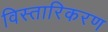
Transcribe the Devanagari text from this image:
विस्तारिकरण